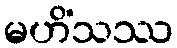
မဟိံသဿ